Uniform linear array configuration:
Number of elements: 8
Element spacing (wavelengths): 1
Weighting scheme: uniform
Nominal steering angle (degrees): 0
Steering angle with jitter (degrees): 1.495
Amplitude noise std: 0.05
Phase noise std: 0.05

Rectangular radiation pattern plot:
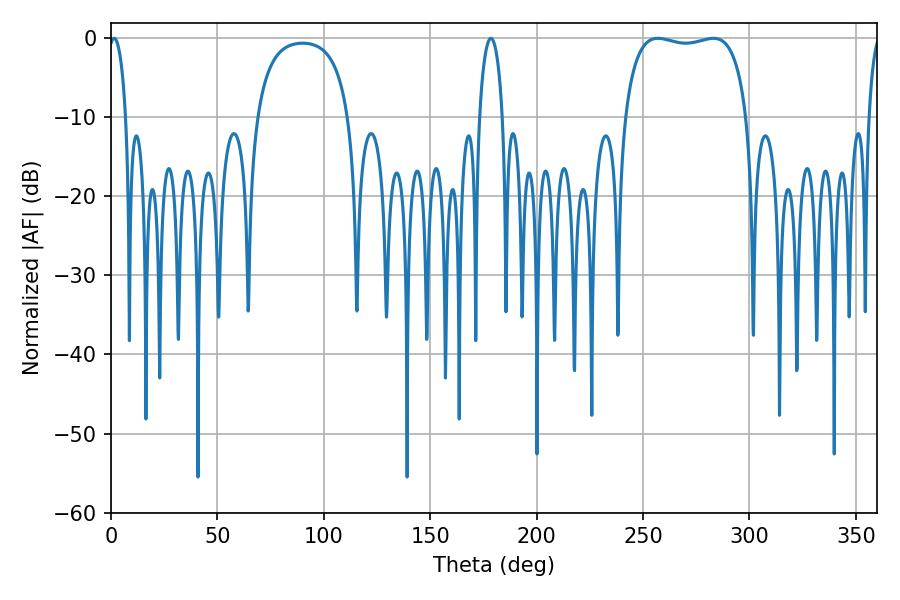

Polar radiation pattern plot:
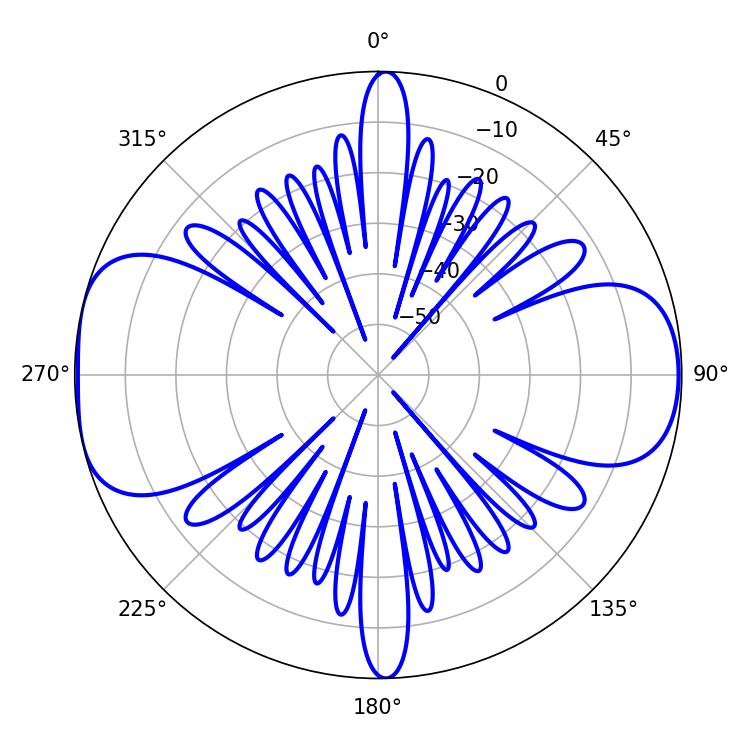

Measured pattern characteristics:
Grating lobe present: TRUE
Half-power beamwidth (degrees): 46.44
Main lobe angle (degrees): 257.04